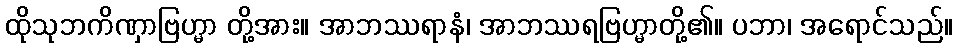
ထိုသုဘကိဏှာဗြဟ္မာ တို့အား။ အာဘဿရာနံ၊ အာဘဿရဗြဟ္မာတို့၏။ ပဘာ၊ အရောင်သည်။